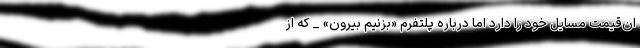
ان‌قیمت مسایل خود را دارد اما درباره پلتفرم «بزنیم بیرون» _ که از